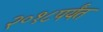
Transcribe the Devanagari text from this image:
२०१८पर्यंत